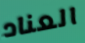
العناد